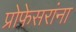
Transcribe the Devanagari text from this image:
प्रोफेसरांना